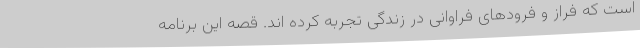
است که فراز و فرودهای فراوانی در زندگی تجربه کرده اند. قصه این برنامه